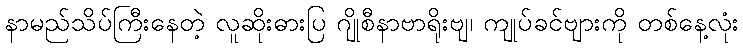
နာမည်သိပ်ကြီးနေတဲ့ လူဆိုးဓားပြ ဂျိုစီနာဗာရိုးဗျ၊ ကျုပ်ခင်ဗျားကို တစ်နေ့လုံး